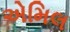
એમિલ